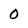
Character: 0